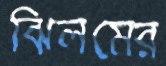
ঝিলমের